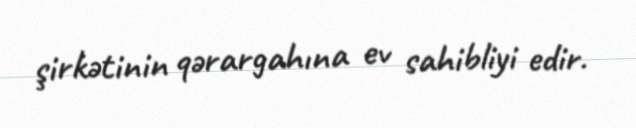
şirkətinin qərargahına ev sahibliyi edir.